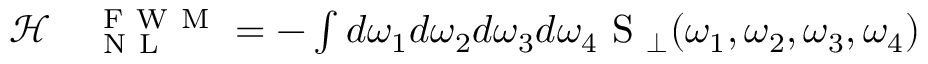
\begin{array} { r l } { \mathcal { H } } & { { } _ \mathrm { ~ N ~ L ~ } ^ { \mathrm { ~ F ~ W ~ M ~ } } = - \int d \omega _ { 1 } d \omega _ { 2 } d \omega _ { 3 } d \omega _ { 4 } \mathrm { ~ S ~ } _ { \perp } ( \omega _ { 1 } , \omega _ { 2 } , \omega _ { 3 } , \omega _ { 4 } ) } \end{array}